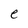
Character: e